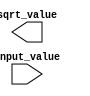
module fixed_point_sqrt (
  input  wire signed [(width-1):0] input_value, 
  output wire signed [(width-1):0] sqrt_value
);

// Parameters
parameter integer width = 16; // Total width of fixed-point number
parameter integer integer_bits = 8; // Number of integer bits in fixed-point number
parameter integer fractional_bits = 8; // Number of fractional bits in fixed-point number

// Internal signals
reg signed [width:0] intermediate_value;
reg signed [width:0] output_value;

// Combinational logic for square root calculation
always @* begin
  // Square root algorithm using shifters, adders, multipliers, comparators, etc.
  // Implement the algorithm here
  // Example: Newton-Raphson method
  
end

assign sqrt_value = output_value;

endmodule